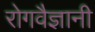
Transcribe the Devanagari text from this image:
रोगवैज्ञानी